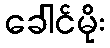
ခေါင်မိုး